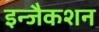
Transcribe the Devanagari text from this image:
इन्जैकशन